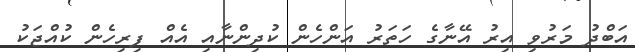
އަބްދު މަރުވި އިރު އޭނާގެ ހަތަރު އަންހެން ކުދިންނާއި އެއް ފިރިހެން ކުއްޖަކު